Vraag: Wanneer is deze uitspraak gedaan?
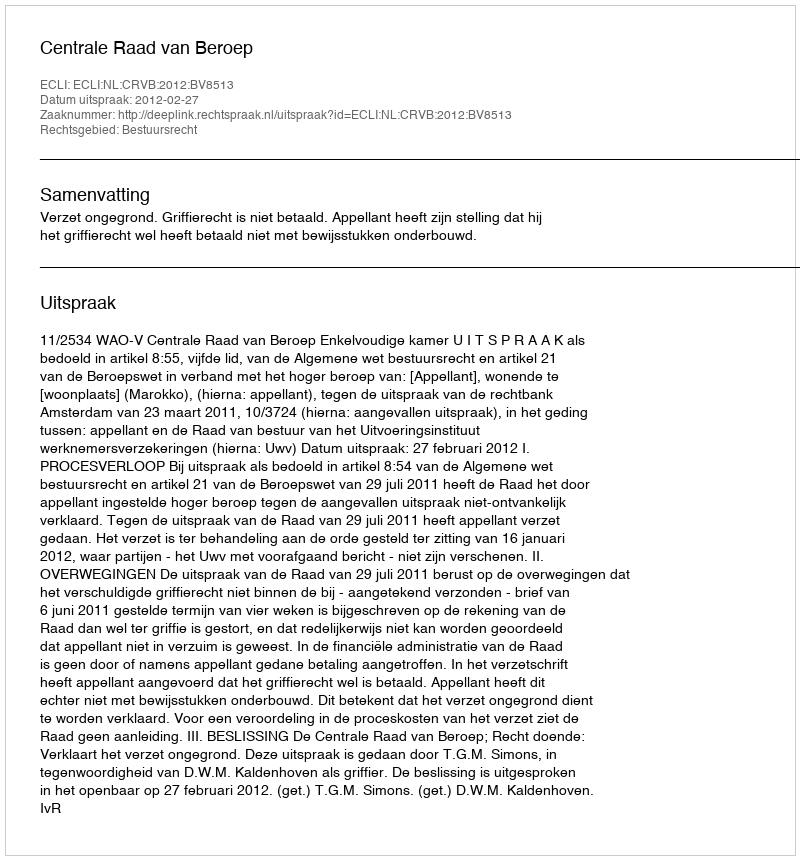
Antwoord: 2012-02-27